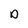
Character: D